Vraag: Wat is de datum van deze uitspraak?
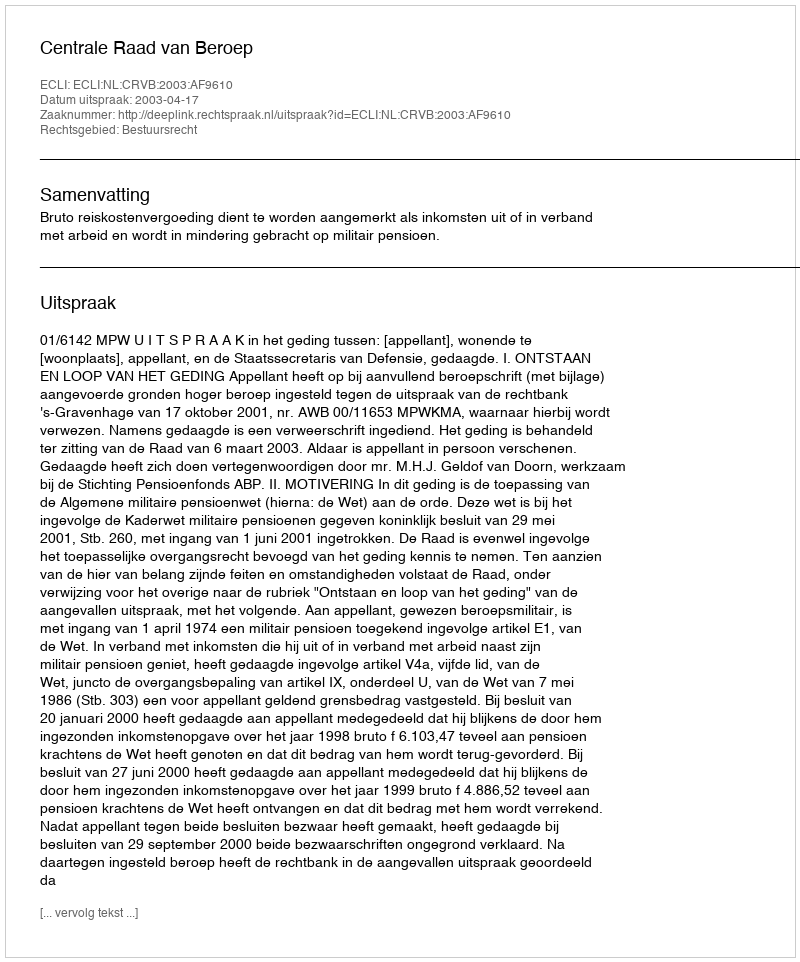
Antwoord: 2003-04-17